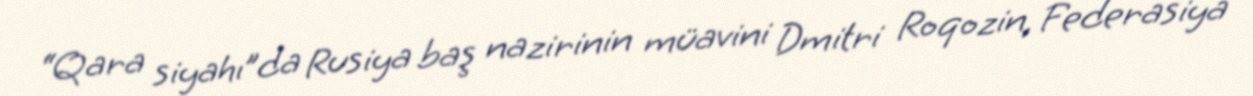
“Qara siyahı”da Rusiya baş nazirinin müavini Dmitri Roqozin, Federasiya